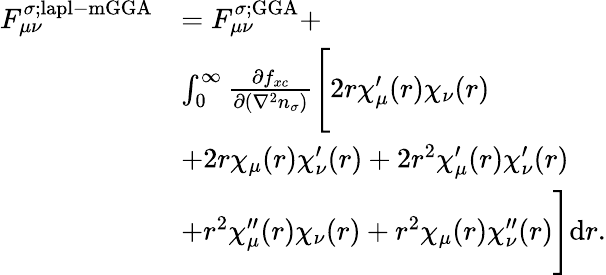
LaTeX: \begin{array}{rl}{F_{\mu\nu}^{\sigma;\mathrm{lapl-mGGA}}}&{=F_{\mu\nu}^{\sigma;\mathrm{GGA}}+}\\ &{\int_{0}^{\infty}\frac{\partial f_{xc}}{\partial(\nabla^{2}n_{\sigma})}\Bigg[2r\chi_{\mu}^{\prime}(r)\chi_{\nu}(r)}\\ &{+2r\chi_{\mu}(r)\chi_{\nu}^{\prime}(r)+2r^{2}\chi_{\mu}^{\prime}(r)\chi_{\nu}^{\prime}(r)}\\ &{+r^{2}\chi_{\mu}^{\prime\prime}(r)\chi_{\nu}(r)+r^{2}\chi_{\mu}(r)\chi_{\nu}^{\prime\prime}(r)\Bigg]\mathrm{d}r.}\end{array}